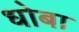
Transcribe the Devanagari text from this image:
धोबा